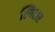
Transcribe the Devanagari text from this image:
स्पिलर